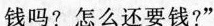
钱吗？怎么还要钱？”